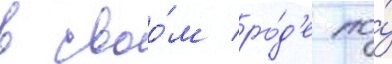
в своо́м ро́д'е по́